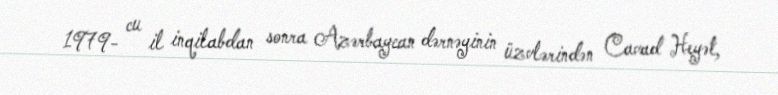
1979- cu il inqilabdan sonra Azərbaycan dərnəyinin üzvlərindən Cavad Heyət,